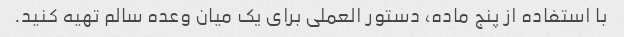
با استفاده از پنج ماده، دستور العملی برای یک میان وعده سالم تهیه کنید.